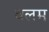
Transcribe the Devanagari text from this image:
वलम